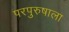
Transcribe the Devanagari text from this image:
परपुरुषाला